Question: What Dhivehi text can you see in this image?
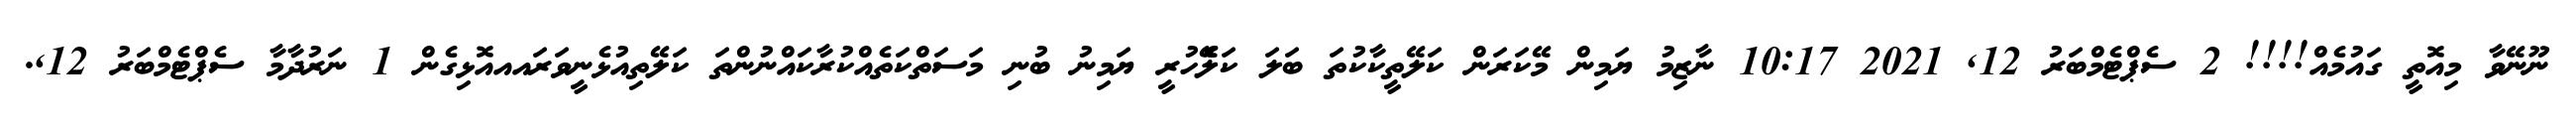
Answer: ނޫނޭވާ މިއޮތީ ގައުމެއް!!!! 2 ސެޕްޓެމްބަރު 12, 2021 10:17 ނާޒިމު ޔަމިން މޭކަރަން ކަލޭތީކާކުތަ ބަލަ ކަލެޭހުރީ ޔަމިނު ބުނި މަސަތްކަތެއްކުރާކައްނުންތަ ކަލޭތިއުޅެނީވަރައއއޮޅިގެން 1 ނަރުދާމާ ސެޕްޓެމްބަރު 12,.